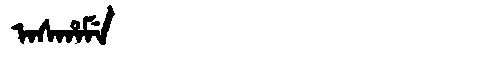
Manchu: ᠠᠰᡥᠠᠮᡝ
Romanization: ASHAME